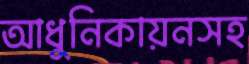
আধুনিকায়নসহ